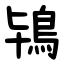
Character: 鴇